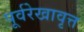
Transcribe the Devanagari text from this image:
पूर्वरेखावृत्त